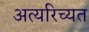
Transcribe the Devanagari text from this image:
अत्यरिच्यत